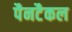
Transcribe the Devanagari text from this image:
पैनटैकल